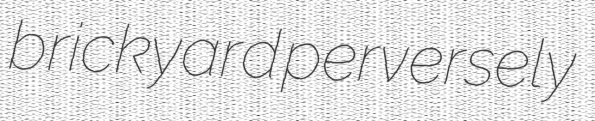
brickyard perversely